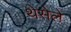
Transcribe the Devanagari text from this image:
थेसेले